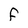
Character: F